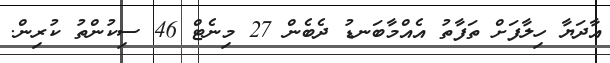
އާދަޔާ ހިލާފަށް ތަފާތު އެއްމާބަނޑު ދެބެން 27 މިނެޓް 46 ސިކުންތު ކުރިން.